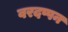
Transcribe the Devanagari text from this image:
वरदप्पन